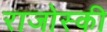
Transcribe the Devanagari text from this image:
राजोस्की